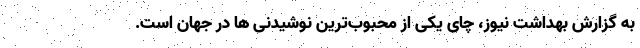
به گزارش بهداشت نیوز، چای یکی از محبوب‌ترین نوشیدنی ها در جهان است.